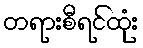
တရားစီရင်ထုံး